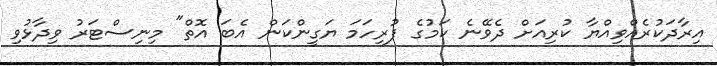
އިރާދަކުރެއްވިއްޔާ ކުރިއަށް ދެވޭނެ ކަމުގެ ފުރިހަމަ ޔަގީންކަން އެބަ އޮތް" މިނިސްޓަރު ވިދާޅުވި